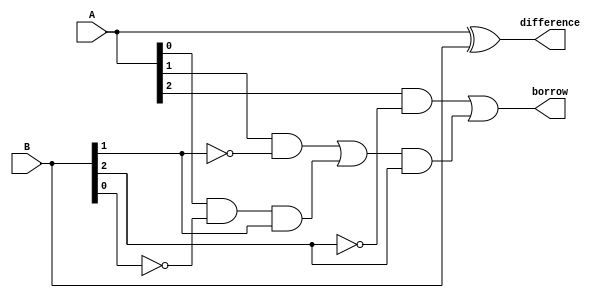
module carry_lookahead_subtractor (
    input [3:0] A, // input number
    input [3:0] B, // input number
    output [3:0] difference, // difference output
    output borrow // borrow output
);

wire [3:0] D;
wire C0, C1, C2, C3;

// XOR gates for calculating the difference bits
assign D = A ^ B;

// AND gates for generating the borrow signals
assign C0 = 1;
assign C1 = A[0] & ~B[0];
assign C2 = (A[1] & ~B[1]) | (C1 & B[1]);
assign C3 = (A[2] & ~B[2]) | (C2 & B[2]);

// Carry-lookahead logic
assign difference = D;
assign borrow = C3;

endmodule